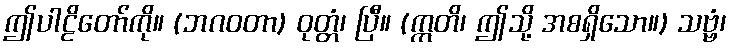
ဤပါဠိတော်ကို။ (ဘဂဝတာ) ဝုတ္တံ၊ ပြီ။ (ဣတိ၊ ဤသို့ အစရှိသော။) သဗ္ဗံ၊